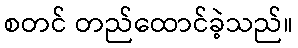
စတင် တည်ထောင်ခဲ့သည်။